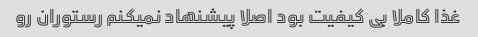
غذا کاملا بی کیفیت بود اصلا پیشنهاد نمیکنم رستوران رو